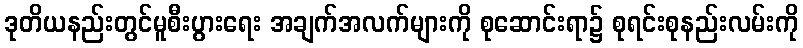
ဒုတိယနည်းတွင်မူစီးပွားရေး အချက်အလက်များကို စုဆောင်းရာ၌ စုရင်းစုနည်းလမ်းကို